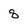
Character: 8